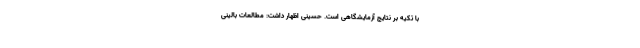
با تکیه بر نتایج آزمایشگاهی است. حسینی اظهار داشت: مطالعات بالینی